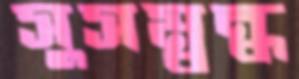
সুসম্বন্ধ